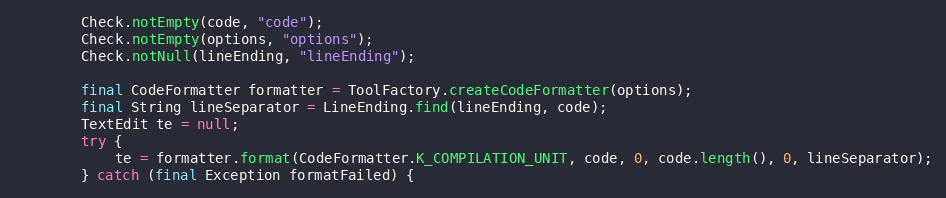
Language: Java
		Check.notEmpty(code, "code");
		Check.notEmpty(options, "options");
		Check.notNull(lineEnding, "lineEnding");

		final CodeFormatter formatter = ToolFactory.createCodeFormatter(options);
		final String lineSeparator = LineEnding.find(lineEnding, code);
		TextEdit te = null;
		try {
			te = formatter.format(CodeFormatter.K_COMPILATION_UNIT, code, 0, code.length(), 0, lineSeparator);
		} catch (final Exception formatFailed) {